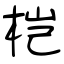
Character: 桤